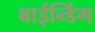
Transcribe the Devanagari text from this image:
बाईन्डिंग